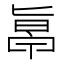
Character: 𠤞